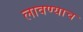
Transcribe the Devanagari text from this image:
लावण्याच